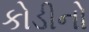
કોડીનો